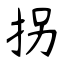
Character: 拐